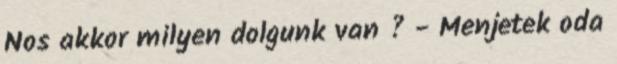
Nos akkor milyen dolgunk van ? - Menjetek oda